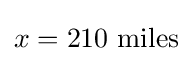
x=210\ {\text{miles}}